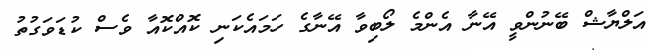
އަލްޔާޝް ބޭނުންވީ އޭނާ އެންމެ ލޯބިވާ އޭނާގެ ހަމައެކަނި ކޮއްކޮއާ ވެސް ކުޑަވަގުތު